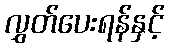
လွှတ်ပေးရန်နှင့်